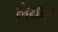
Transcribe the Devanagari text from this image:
लेयल